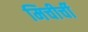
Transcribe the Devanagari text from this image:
मिचीर्ची